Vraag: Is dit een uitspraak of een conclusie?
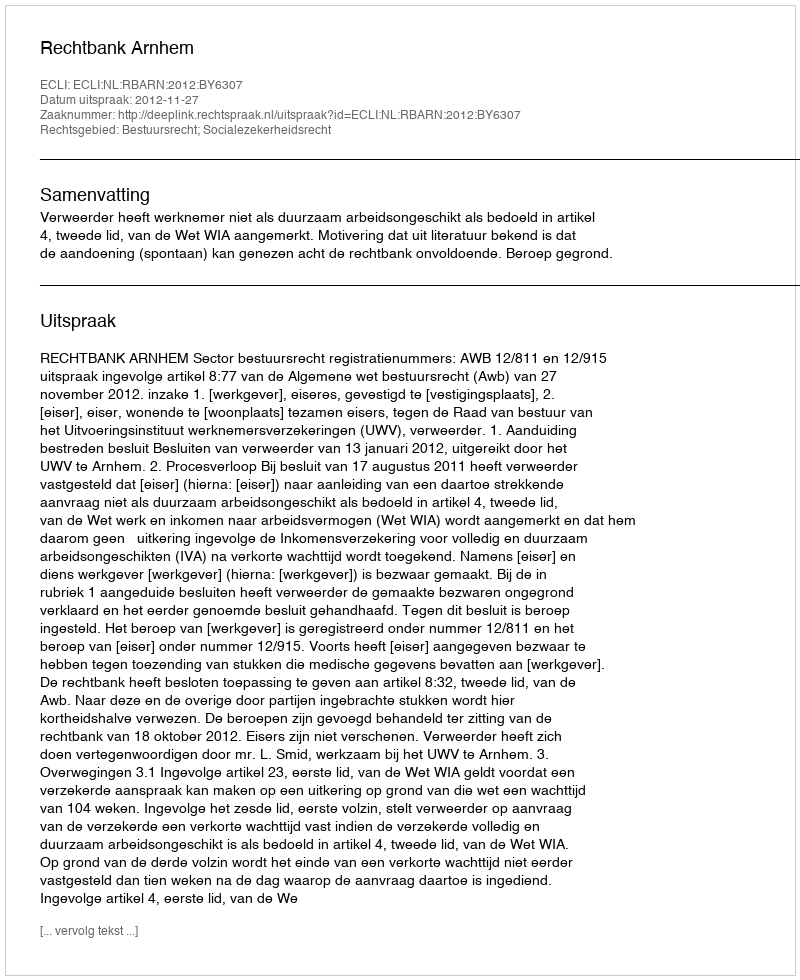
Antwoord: Uitspraak